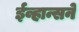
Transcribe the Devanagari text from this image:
ईव्हान्सने